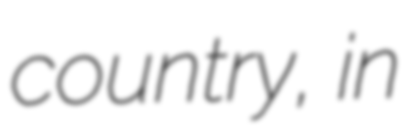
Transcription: country, in